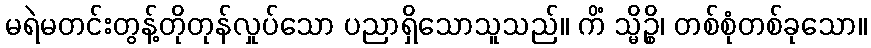
မရဲမတင်းတွန့်တိုတုန်လှုပ်သော ပညာရှိသောသူသည်။ ကိံ သ္မိဉ္စိ၊ တစ်စုံတစ်ခုသော။